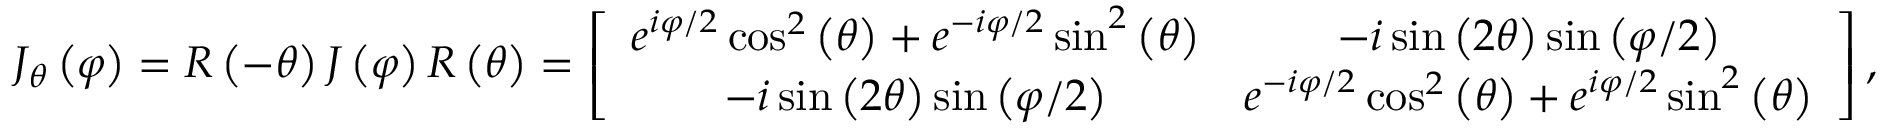
J _ { \theta } \left( \varphi \right) = R \left( - \theta \right) J \left( \varphi \right) R \left( \theta \right) = \left[ \begin{array} { c c } { e ^ { i \varphi / 2 } \cos ^ { 2 } \left( \theta \right) + e ^ { - i \varphi / 2 } \sin ^ { 2 } \left( \theta \right) } & { - i \sin \left( 2 \theta \right) \sin \left( \varphi / 2 \right) } \\ { - i \sin \left( 2 \theta \right) \sin \left( \varphi / 2 \right) } & { e ^ { - i \varphi / 2 } \cos ^ { 2 } \left( \theta \right) + e ^ { i \varphi / 2 } \sin ^ { 2 } \left( \theta \right) } \end{array} \right] ,